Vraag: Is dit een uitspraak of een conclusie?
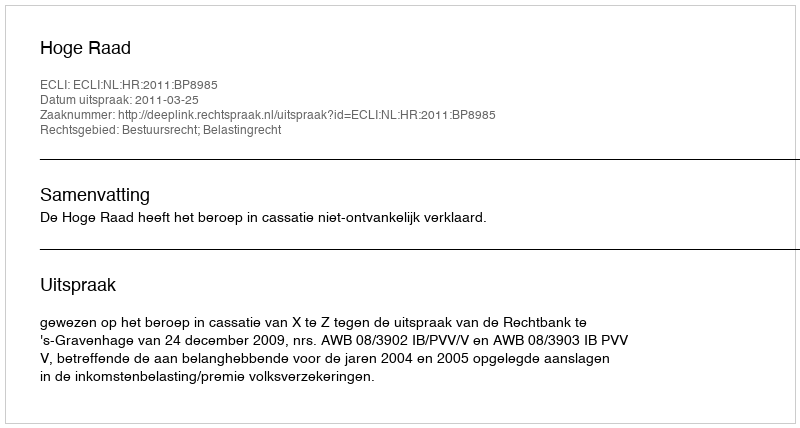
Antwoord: Uitspraak